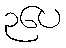
၃ပေ